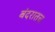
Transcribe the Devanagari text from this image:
बंदरातच